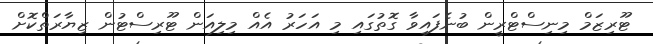
ޓޫރިޒަމް މިނިސްޓްރީން ބުނެފައިވާ ގޮތުގައި މި އަހަރު އެއް މިލިއަން ޓޫރިސްޓުން ޒިޔާރަތްކޮށް